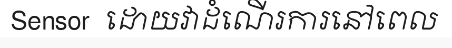
Sensor  ដោយវាដំណើរការនៅពេល